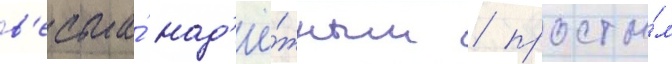
в'есьма́ над'ё́жным / просты́м